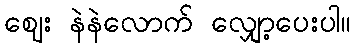
ဈေး နဲနဲလောက် လျှော့ပေးပါ။